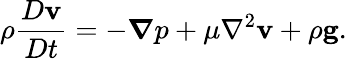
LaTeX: \rho{\frac{D\mathbf{v}}{Dt}}=-{\boldsymbol{\nabla}}p+\mu\nabla^{2}\mathbf{v}+\rho\mathbf{g}.